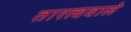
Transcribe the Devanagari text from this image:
तारत्ववाले